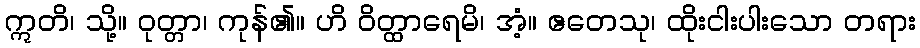
ဣတိ၊ သို့။ ဝုတ္တာ၊ ကုန်၏။ ဟိ ဝိတ္ထာရေမိ၊ အံ့။ ဧတေသု၊ ထိုးငါးပါးသော တရား